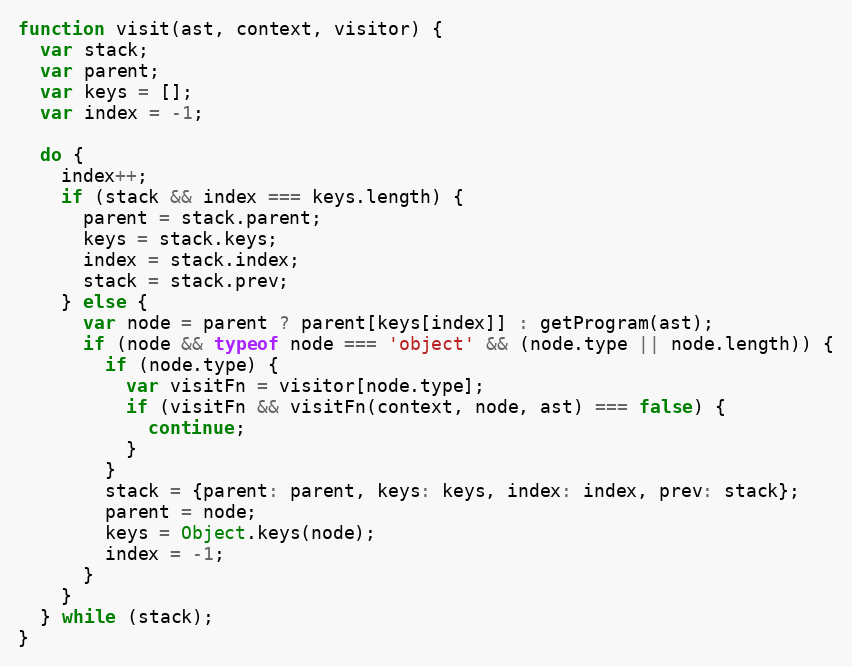
Language: JavaScript
function visit(ast, context, visitor) {
  var stack;
  var parent;
  var keys = [];
  var index = -1;

  do {
    index++;
    if (stack && index === keys.length) {
      parent = stack.parent;
      keys = stack.keys;
      index = stack.index;
      stack = stack.prev;
    } else {
      var node = parent ? parent[keys[index]] : getProgram(ast);
      if (node && typeof node === 'object' && (node.type || node.length)) {
        if (node.type) {
          var visitFn = visitor[node.type];
          if (visitFn && visitFn(context, node, ast) === false) {
            continue;
          }
        }
        stack = {parent: parent, keys: keys, index: index, prev: stack};
        parent = node;
        keys = Object.keys(node);
        index = -1;
      }
    }
  } while (stack);
}